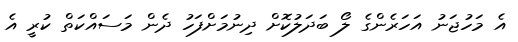
އެ މަހުޖަނު އަހަރެންގެ ލޯ ބަދަލުކޮށް ދިނުމަށްފަހު ދެން މަސައްކަތް ކުރީ އެ